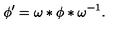
\phi ^ { \prime } = \omega * \phi * \omega ^ { - 1 } .